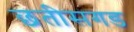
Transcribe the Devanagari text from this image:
छतीसगड